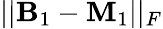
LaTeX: ||\mathbf{B}_{1}-\mathbf{M}_{1}||_{F}